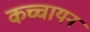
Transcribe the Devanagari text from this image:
कच्चायन